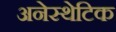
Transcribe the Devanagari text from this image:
अनेस्थेटिक